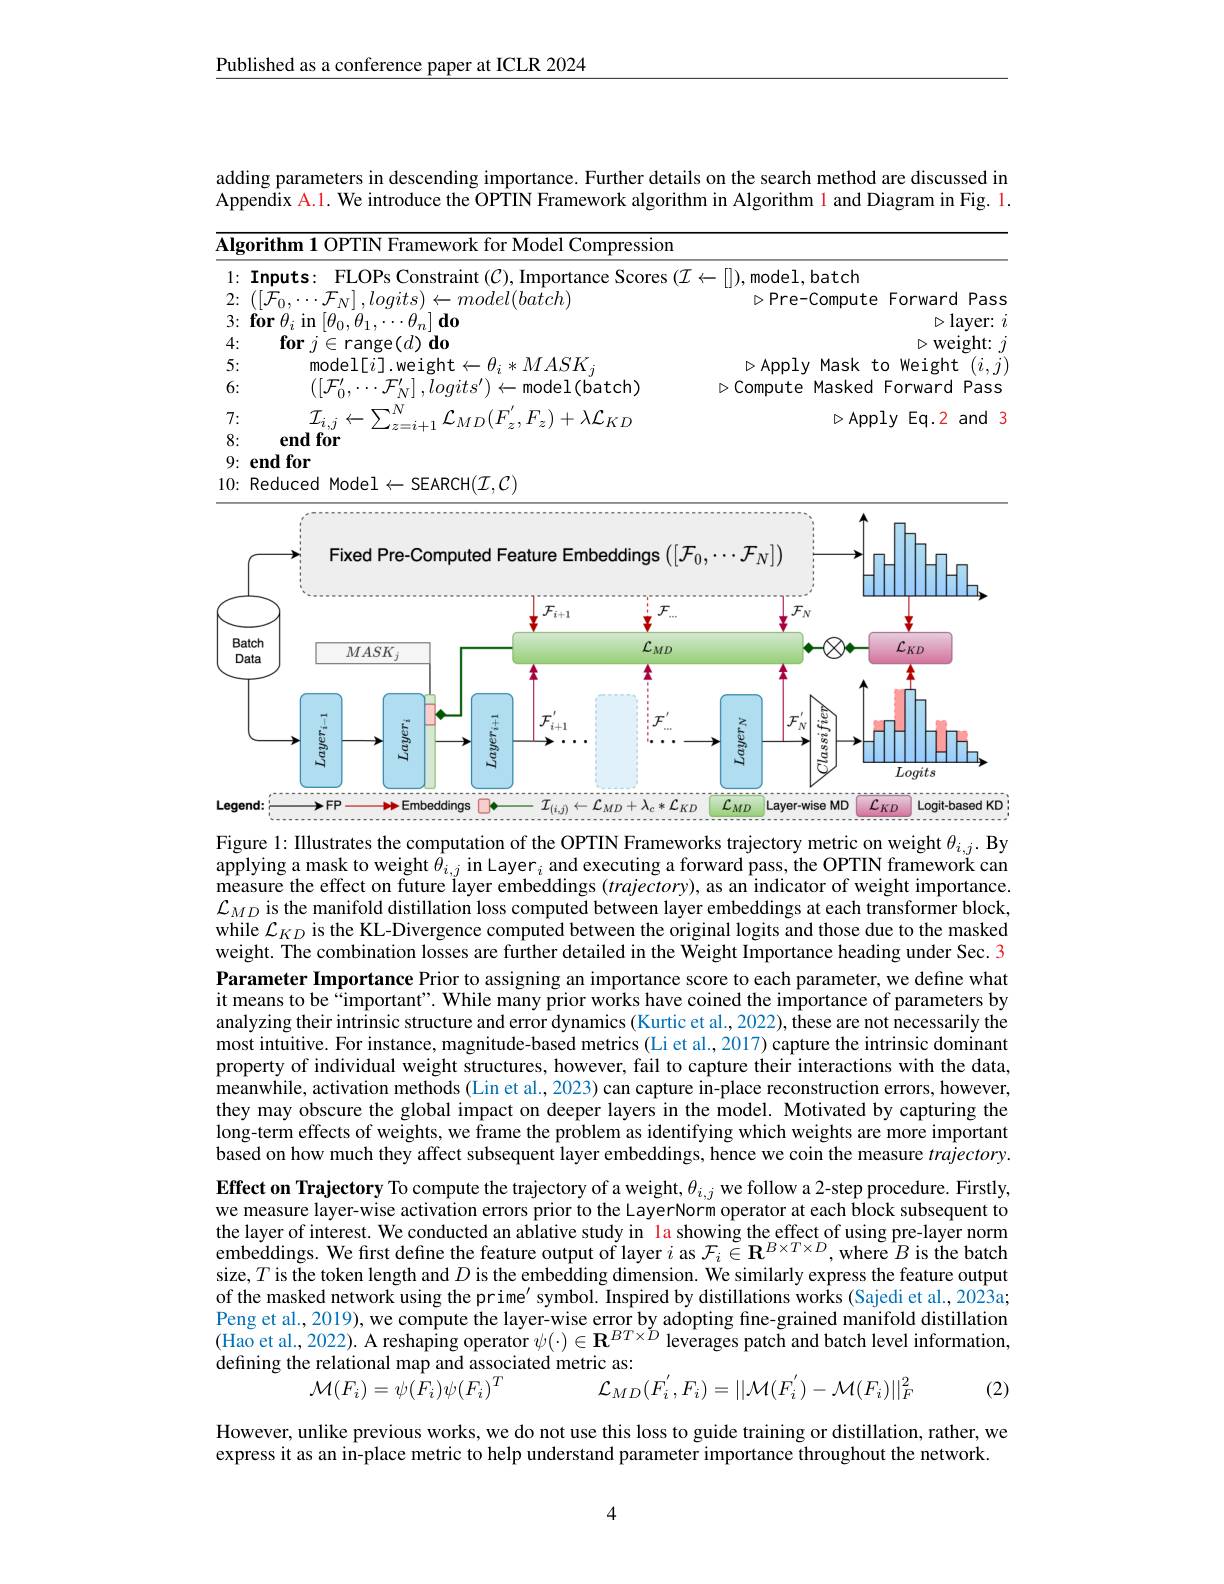
Published as a conference paper at ICLR 2024

adding parameters in descending importance. Further details on the search method are discussed in Appendix A.1. We introduce the OPTIN Framework algorithm in Algorithm l and Diagram in Fig. 1.

<table>
	<tbody>
		<tr>
			<td>$\underline{\mathbf{lgor}}$</td>
			<td>$\textbf{rithm 1 OPTIN Framework for Model Compressio}$</td>
			<td> </td>
		</tr>
	</tbody>
</table>

<FigureHere>
Figure 1: Illustrates the computation of the OPTIN Frameworks trajectory metric on weight $\theta_{i,j}.$ By

$\begin{array}{l}\text{applying a mask to weight }\bar{\theta}_{i,j}&\mathrm{in~Layer}_{i}&\mathrm{and~executing~a~forward~pass,~the~OPTIN~framework~can}\\\text{measure the effect on future layer embeddings (trajectory), as an indicator of weight importance.}\\\end{array}$ $\mathcal{L}_{MD}$ is the manifold distillation loss computed between layer embeddings at each transformer block, while $\mathcal{L}_KD$ is the KL-Divergence computed between the original logits and those due to the masked weight. The combination losses are further detailed in the Weight Importance heading under Sec. 3 Parameter Importance Prior to assigning an importance score to each parameter, we define what it means to be “important”. While many prior works have coined the importance of parameters by analyzing their intrinsic structure and error dynamics (Kurtic et al., 2022), these are not necessarily the most intuitive. For instance, magnitude-based metrics (Li et al., 2017) capture the intrinsic dominant property of individual weight structures, however, fail to capture their interactions with the data, meanwhile, activation methods (Lin et al., 2023) can capture in-place reconstruction errors, however, they may obscure the global impact on deeper layers in the model. Motivated by capturing the long-term effects of weights, we frame the problem as identifying which weights are more important based on how much they affect subsequent layer embeddings, hence we coin the measure $trajectory.$ Effect on Trajectory To compute the trajectory of a weight, $\theta_i,j$ we follow a 2-step procedure. Firstly, we measure layer-wise activation errors prior to the LayerNorm operator at each block subsequent to the layer of interest. We conducted an ablative study in la showing the effect of using pre-layer norm embeddings. We first define the feature output of layer $i$ as $\mathcal{F}_i\in\mathbf{R}^{B\times T\times D}$,where $B$ is the batch size, $T$ is the token length and $D$ is the embedding dimension. We similarly express the feature output of the masked network using the prime' symbol. Inspired by distillations works (Sajedi et al.,2023a; Peng et al., 2019), we compute the layer-wise error by adopting fine-grained manifold distillation (Hao et al. 2022). A reshaping operator $\psi(\cdot)\in\mathbf{R}^BT\times D$ leverages patch and batch level information, defining the relational map and associated metric as:
$$\mathcal{M}(F_{i})=\psi(F_{i})\psi(F_{i})^{T}L_{MD}(F_{i}^{'},F_{i})=||\mathcal{M}(F_{i}^{'})-\mathcal{M}(F_{i})||_{F}^{2}$$
(2)

However, unlike previous works, we do not use this loss to guide training or distillation, rather, we
express it as an in-place metric to help understand parameter importance throughout the network.

4